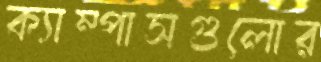
ক্যাম্পাসগুলোর